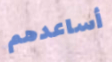
أساعدهم